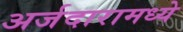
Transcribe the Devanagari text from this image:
अर्जदारामध्ये